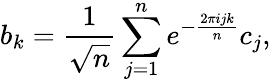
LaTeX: b_{k}=\frac{1}{\sqrt{n}}\sum_{j=1}^{n}e^{-\frac{2\pi ijk}{n}}c_{j},